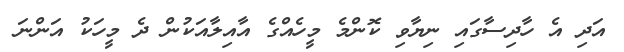
އަދި އެ ހާދިސާގައި ނިޔާވި ކޮންމެ މީހެއްގެ އާއިލާއަކުން ދެ މީހަކު އަންނަ